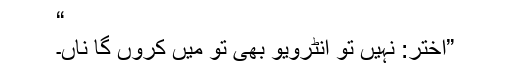
“
”اختر: نہیں تو انٹرویو بھی تو میں کروں گا ناں۔